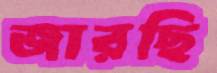
জারছি